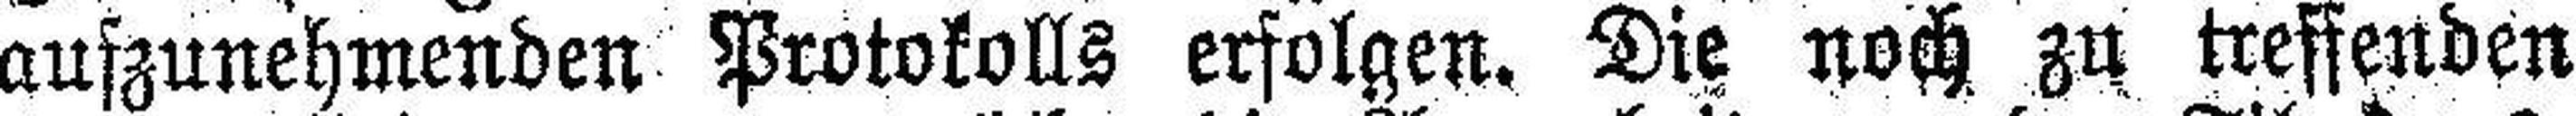
aufzunehmenden Protokolls erfolgen. Die noch zu treffenden